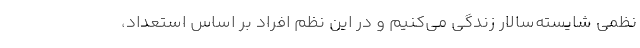
نظمی شایسته‌سالار زندگی می‌کنیم و در این نظم افراد بر اساس استعداد،